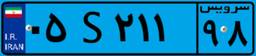
۰۵S۲۱۱۹۸